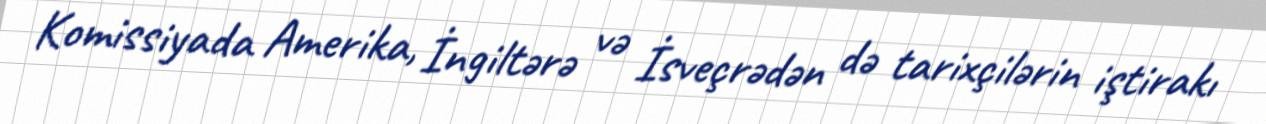
Komissiyada Amerika, İngiltərə və İsveçrədən də tarixçilərin iştirakı